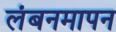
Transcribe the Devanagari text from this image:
लंबनमापन